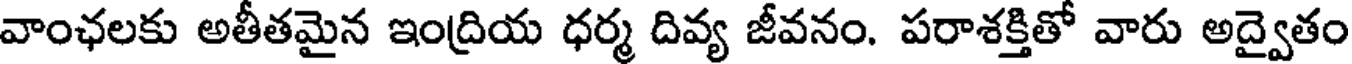
వాంఛలకు అతీతమైన ఇంద్రియ ధర్మ దివ్య జీవనం. పరాశక్తితో వారు అద్వైతం